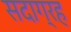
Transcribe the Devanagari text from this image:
सदाग्रह